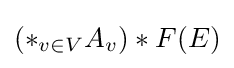
(\ast _{v\in V}A_{v})\ast F(E)